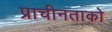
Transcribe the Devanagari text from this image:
प्राचीनताको